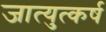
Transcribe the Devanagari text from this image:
जात्युत्कर्ष